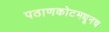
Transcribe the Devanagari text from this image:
पठाणकोटमधूनच